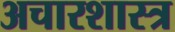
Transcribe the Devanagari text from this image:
अचारशास्त्र